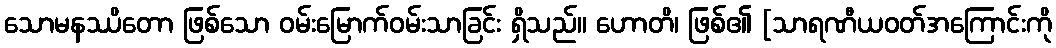
သောမနဿိတော ဖြစ်သော ဝမ်းမြောက်ဝမ်းသာခြင်း ရှိသည်။ ဟောတိ၊ ဖြစ်၏ [သာရဏီယဝတ်အကြောင်းကို